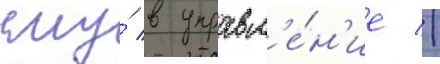
ему́ в управл'е́н'ие //